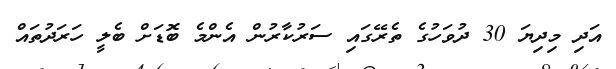
އަދި މިދިޔަ 30 ދުވަހުގެ ތެރޭގައި ސަރުކާރުން އެންމެ ބޮޑަށް ބެލީ ހަރަދުތައް